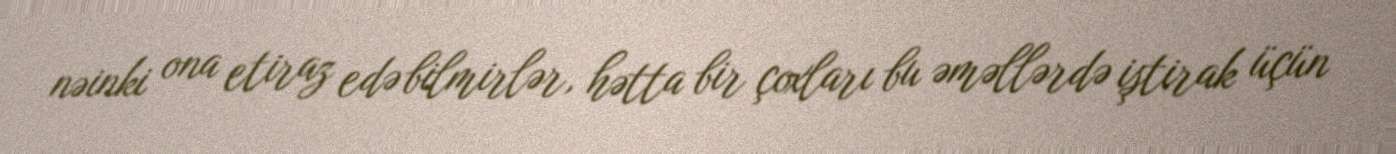
nəinki ona etiraz edə bilmirlər, hətta bir çoxları bu əməllərdə iştirak üçün